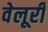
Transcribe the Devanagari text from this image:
वेलूरी